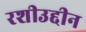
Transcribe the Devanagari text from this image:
रशीउद्दीन